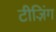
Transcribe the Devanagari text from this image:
टीज़िंग